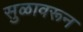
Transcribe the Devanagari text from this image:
सुळावरून